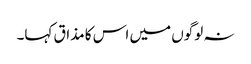
نہ لوگوں میں اس کا مذاق کہا۔